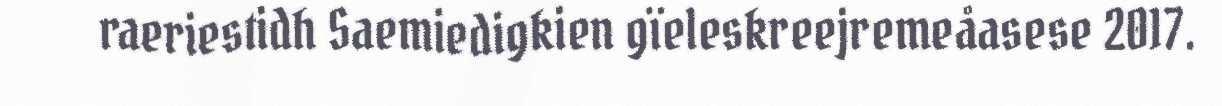
raeriestidh Saemiedigkien gïeleskreejremeåasese 2017.